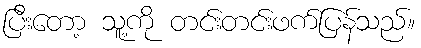
ပြီးတော့ သူ့ကို တင်းတင်းဖက်ပြန်သည်။